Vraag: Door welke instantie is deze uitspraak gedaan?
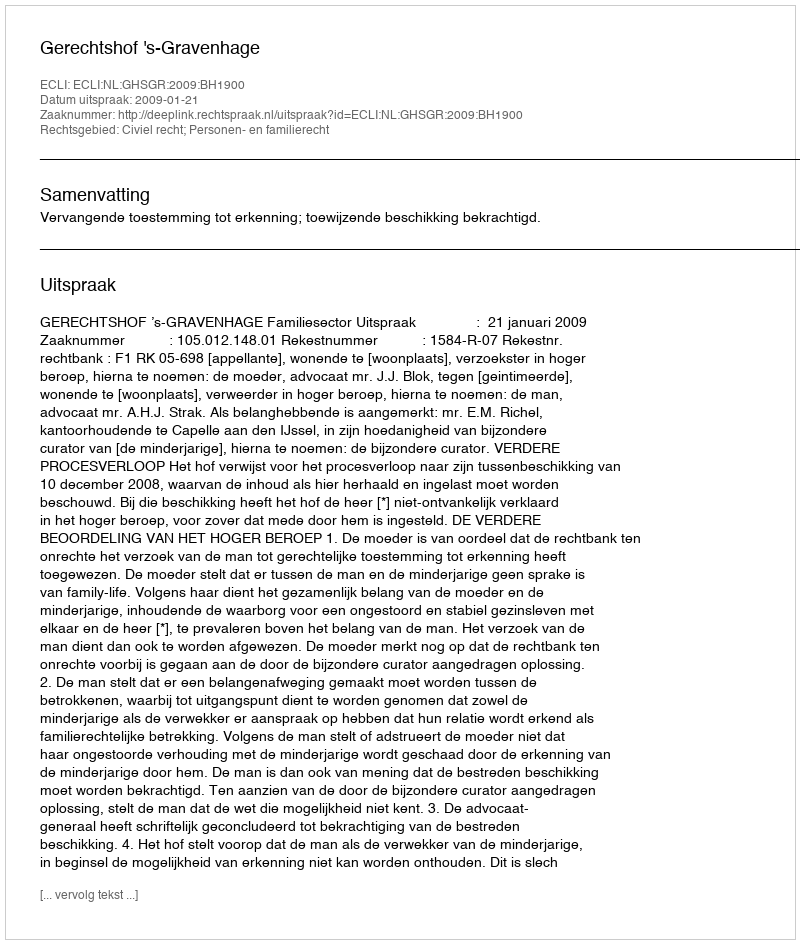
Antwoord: Gerechtshof 's-Gravenhage